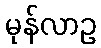
မုန်လာဥ